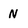
Character: N